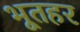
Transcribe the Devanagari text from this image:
भूतहर